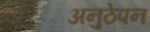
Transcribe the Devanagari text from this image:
अनुठेपन